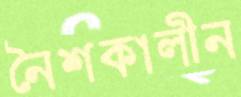
নৈশকালীন